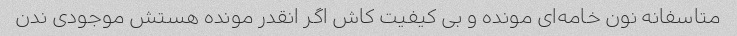
متاسفانه نون خامه‌ای مونده و بی کیفیت کاش اگر انقدر مونده هستش موجودی ندن